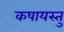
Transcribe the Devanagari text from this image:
कषायस्तु